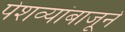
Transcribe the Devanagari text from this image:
पेशव्यांबाजूने